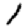
Digit: 1